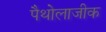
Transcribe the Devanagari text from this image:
पैथोलाजीक